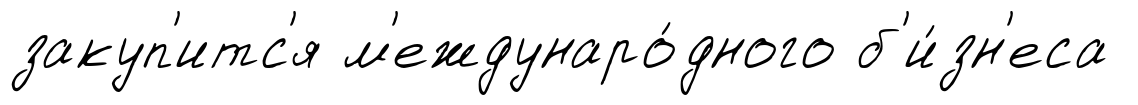
закуп'итс'я м'еждунаро́дного б'и́зн'еса